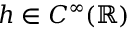
h \in C ^ { \infty } ( \mathbb { R } )